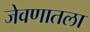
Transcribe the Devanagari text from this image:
जेवणातला